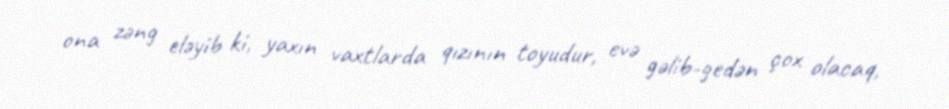
ona zəng eləyib ki, yaxın vaxtlarda qızının toyudur, evə gəlib-gedən çox olacaq,